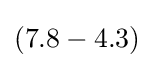
(7.8-4.3)